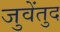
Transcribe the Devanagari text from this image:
जुवेंतुद